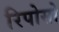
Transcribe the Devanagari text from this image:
रिपोसो